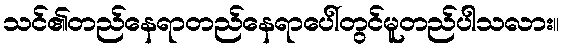
သင်၏တည်နေရာတည်နေရာပေါ်တွင်မူတည်ပါသလား။